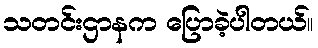
သတင်းဌာနက ပြောခဲ့ပါတယ်။